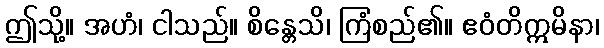
ဤသို့။ အဟံ၊ ငါသည်။ စိန္တေသိ၊ ကြံစည်၏။ ဧဝံတိဣမိနာ၊